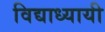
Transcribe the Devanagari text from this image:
विद्याध्यायी